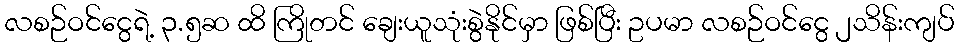
လစဉ်ဝင်ငွေရဲ့ ၃.၅ဆ ထိ ကြိုတင် ချေးယူသုံးစွဲနိုင်မှာ ဖြစ်ပြီး ဥပမာ လစဉ်ဝင်ငွေ ၂သိန်းကျပ်